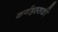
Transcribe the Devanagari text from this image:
कर्णहस्तकी